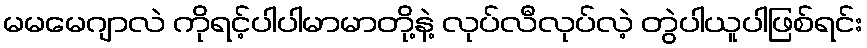
မမမေဂျာလဲ ကိုရင့်ပါပါမာမာတို့နဲ့ လုပ်လီလုပ်လဲ့ တွဲပါယူပါဖြစ်ရင်း